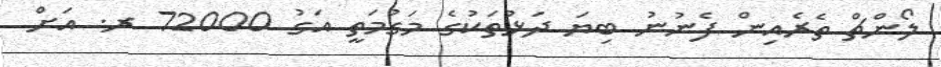
ލޯންޗް ތެރެއިން ފެނުނު ބިޔަ ދަޅުތަކުގެ މަގުމަތީ އަގު 72000 ރ. އަށް